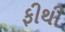
ફીથી